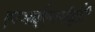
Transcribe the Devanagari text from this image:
एनआईएमसीईटी